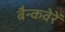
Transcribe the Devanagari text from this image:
बैन्कवेरें